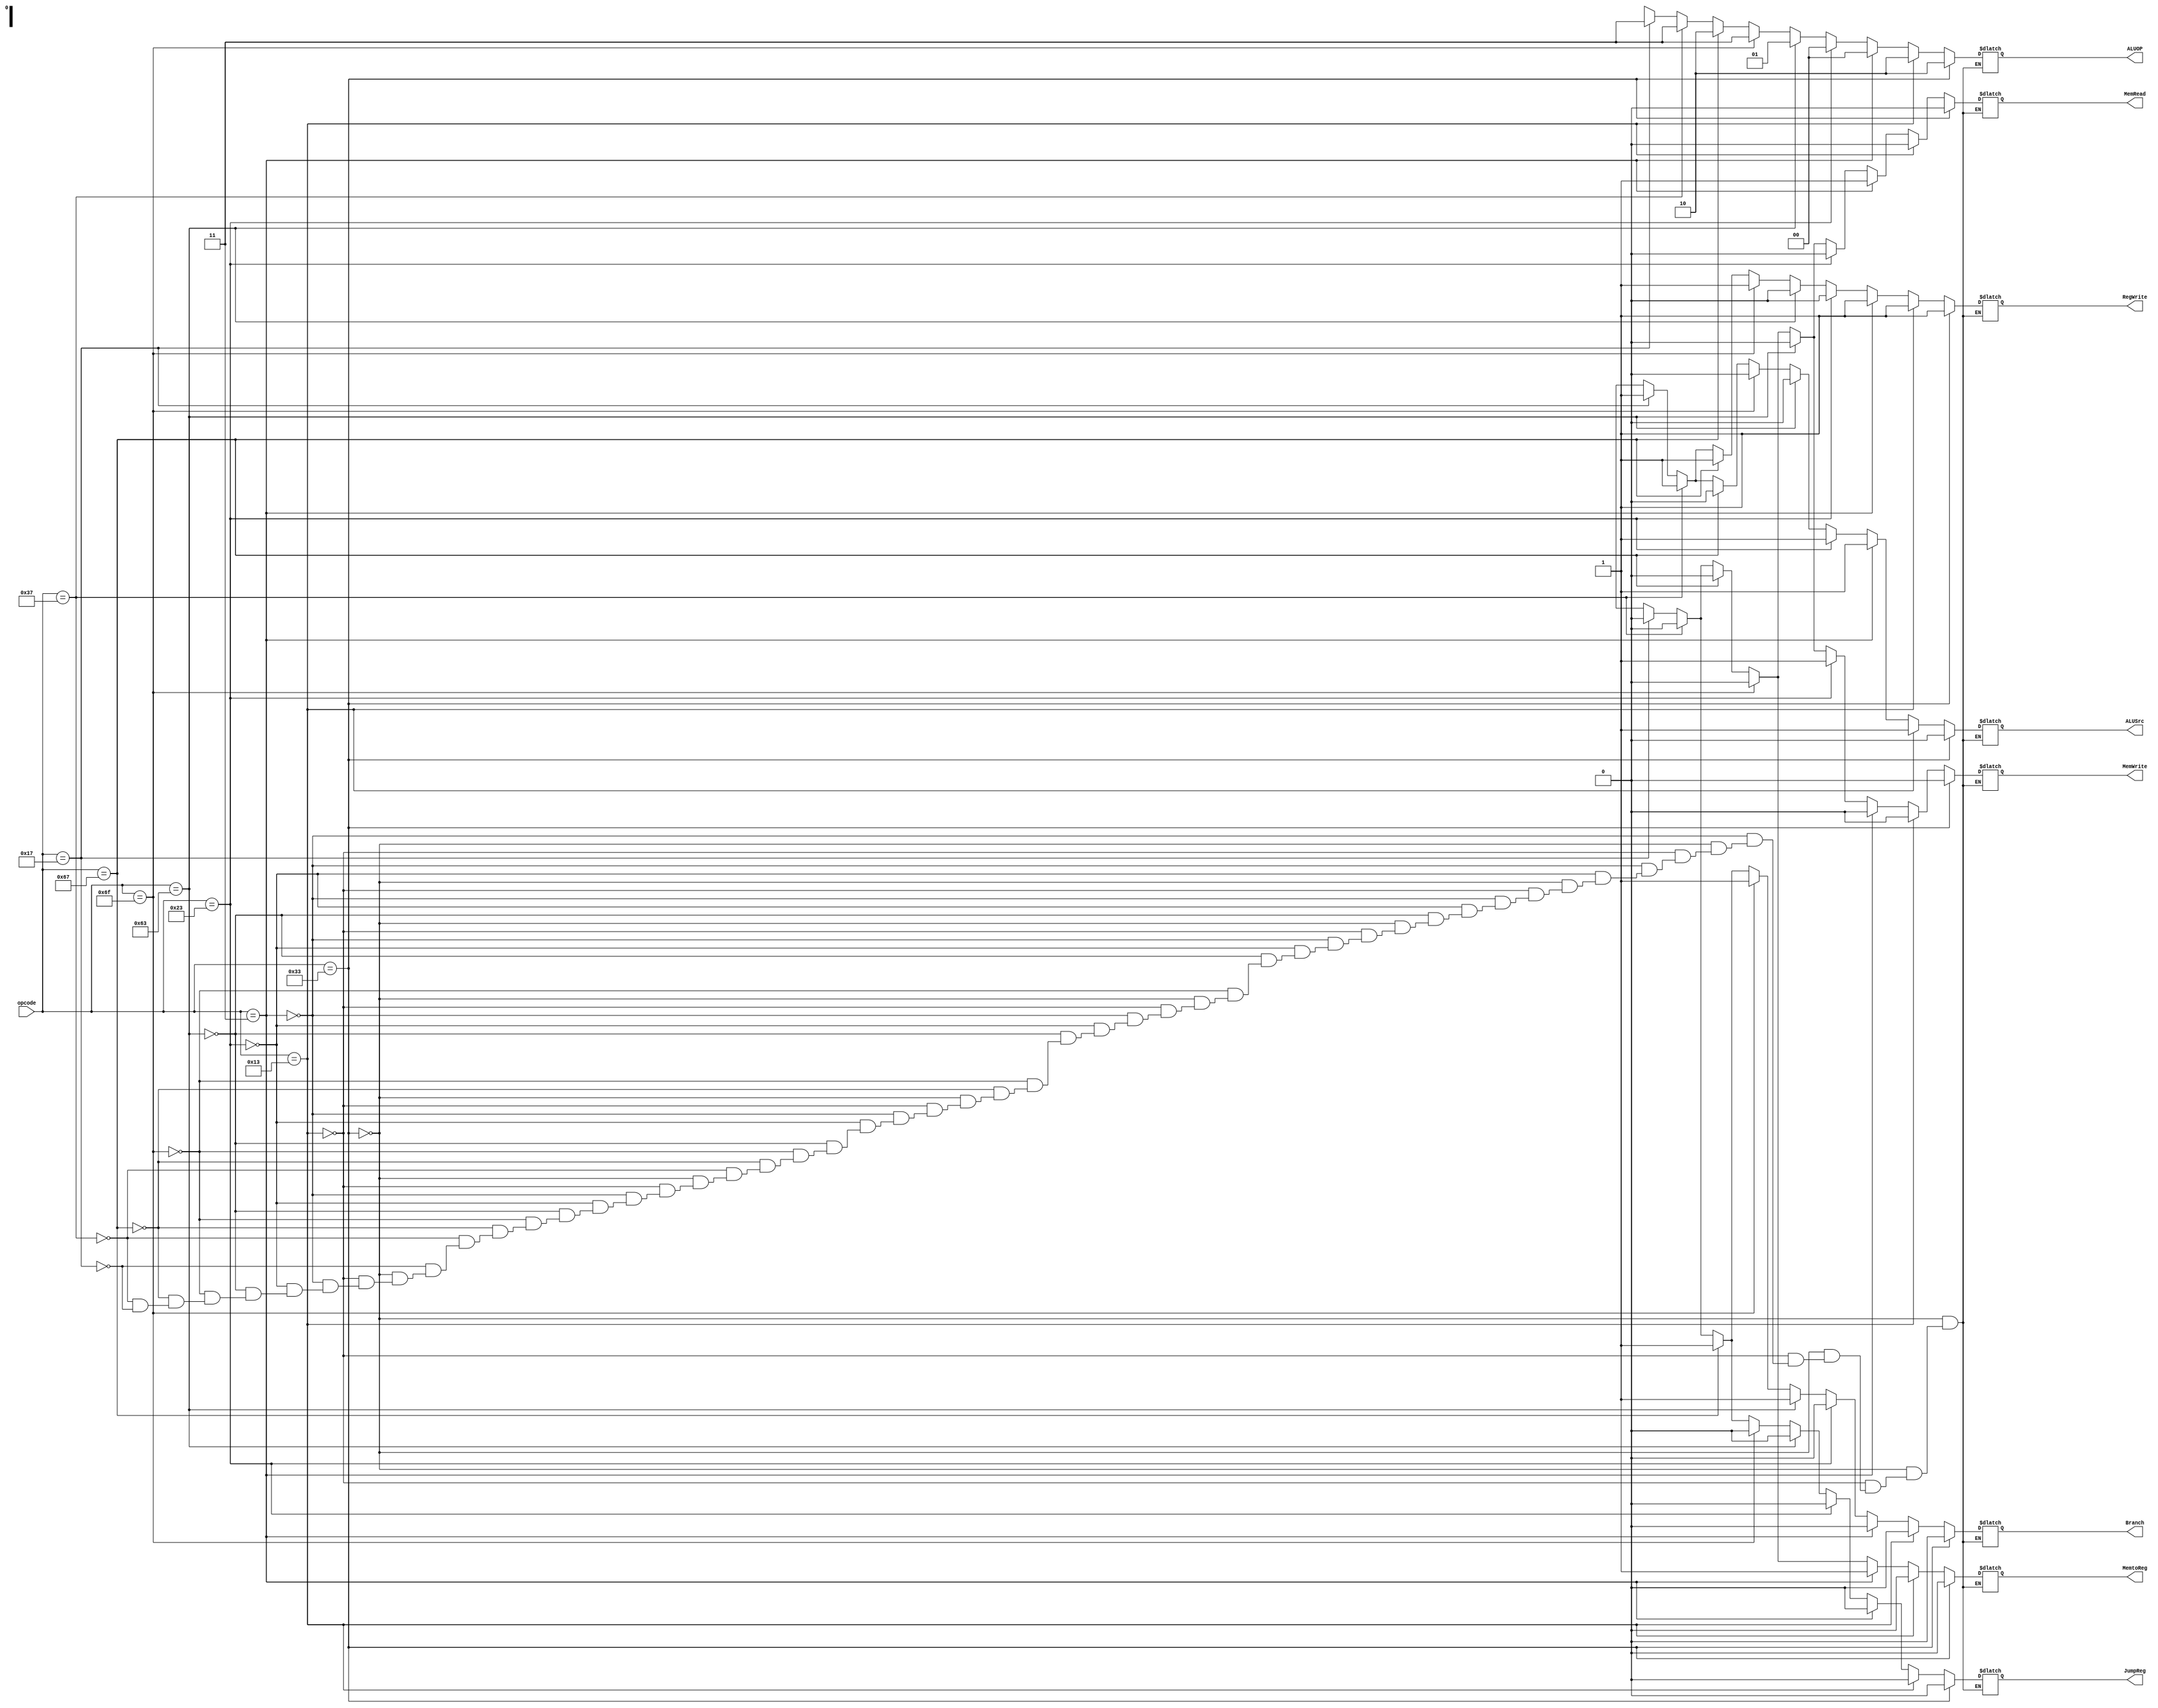
/*Project: RISC-V 32 bit Architecture
Module: Control Unit
Author: Ayesha S. Ahmad
Updated: 06/24/2020
RV32I Base Integer Instructions RISC-V 
//Input: 32 bit machine code is obtained as input to (ID)
//Output: Based on the type of instruction, decided by decoding opcode i.e last 7 bits of 
machine code, ID divides 32 bits into opcode, rd, funct3, rs1, rs2, funct7 and imm */

module control_unit(opcode, ALUSrc, MemtoReg, RegWrite, MemRead, MemWrite, Branch, JumpReg, ALUOP);

input [6:0] opcode; //from Instruction Decoder module

output reg ALUSrc; //select line of MUX with inputs from Register Bank and imm generator 
output reg MemtoReg; //select line of MUX with inputs from Data Memory and ALU
output reg RegWrite; //goes to register bank
output reg MemRead; //goes to Data Memory
output reg MemWrite; //goes to Data Memory
output reg Branch; //input of AND gate whose output is select line of MUX with inputs from shift adder and PC adder
output reg JumpReg; // ***New Hardware
output reg [1:0] ALUOP; //input to ALU Control unit

always @ (opcode)

   begin
	if (opcode[6:0] == 7'b0110011) //R-type
	   begin
		ALUSrc = 1'b0;
		MemtoReg = 1'b0;
		RegWrite = 1'b1;
		MemRead = 1'b0;
		MemWrite = 1'b0;
		Branch = 1'b0;
		JumpReg = 1'b0;
		ALUOP = 2'b10;
	   end
	else if (opcode[6:0] == 7'b0010011) //I-type
	   begin
		ALUSrc = 1'b1;
		MemtoReg = 1'b0;
		RegWrite = 1'b1;
		MemRead = 1'b0;
		MemWrite = 1'b0;
		Branch = 1'b0;
		JumpReg = 1'b0;
		ALUOP = 2'b10;
	   end
	else if (opcode[6:0] == 7'b0000011) //LD
	   begin
		ALUSrc = 1'b1;
		MemtoReg = 1'b1;
		RegWrite = 1'b1;
		MemRead = 1'b1;
		MemWrite = 1'b0;
		Branch = 1'b0;
		JumpReg = 1'b0;
		ALUOP = 2'b00;
	   end
	else if (opcode[6:0] == 7'b0100011) //SD
	   begin
		ALUSrc = 1'b1;
		MemtoReg = 1'bx;
		RegWrite = 1'b0;
		MemRead = 1'b0;
		MemWrite = 1'b1;
		Branch = 1'b0;
		JumpReg = 1'b0;
		ALUOP = 2'b00;
	   end
	else if (opcode[6:0] == 7'b1100011) //Branch
	   begin
		ALUSrc = 1'b0;
		MemtoReg = 1'bx;
		RegWrite = 1'b0;
		MemRead = 1'b0;
		MemWrite = 1'b0;
		Branch = 1'b1;
		JumpReg = 1'b0;
		ALUOP = 2'b01;
	   end
	else if (opcode[6:0] == 7'b1101111) //jal
	   begin
		ALUSrc = 1'b0;
		MemtoReg = 1'b0;
		RegWrite = 1'b1;
		MemRead = 1'b0;
		MemWrite = 1'b0;
		Branch = 1'b1;
		JumpReg = 1'b0;
		ALUOP = 2'b11;
	   end
	else if (opcode[6:0] == 7'b1100111) //jalr
	   begin
		ALUSrc = 1'b0;
		MemtoReg = 1'b0;
		RegWrite = 1'b1;
		MemRead = 1'b0;
		MemWrite = 1'b0;
		Branch = 1'b1;
		JumpReg = 1'b1;
		ALUOP = 2'b10;
	   end
	else if (opcode[6:0] == 7'b0110111) //lui
	   begin
		ALUSrc = 1'b1;
		MemtoReg = 1'b0;
		RegWrite = 1'b1;
		MemRead = 1'b0;
		MemWrite = 1'b0;
		Branch = 1'b0;
		JumpReg = 1'b0;
		ALUOP = 2'b11;
	   end
	else if (opcode[6:0] == 7'b0010111) //auipc
	   begin
		ALUSrc = 1'b1;
		MemtoReg = 1'b0;
		RegWrite = 1'b1;
		MemRead = 1'b0;
		MemWrite = 1'b0;
		Branch = 1'b0;
		JumpReg = 1'b0;
		ALUOP = 2'b11;
	   end
	else if (opcode[6:0] == 7'b1110011) //***en
	   begin
	
	   end
	else 
	   begin
		ALUSrc = ALUSrc;
		MemtoReg = MemtoReg;
		RegWrite = RegWrite;
		MemRead = MemRead;
		MemWrite = MemWrite;
		Branch = Branch;
		JumpReg = JumpReg;
		ALUOP = ALUOP;
	   end
   end
endmodule